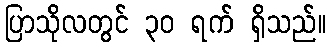
ပြာသိုလတွင် ၃၀ ရက် ရှိသည်။